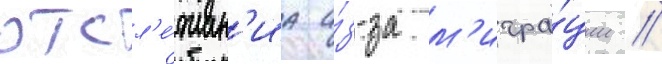
отсл'е́живан'иа и́з-за м'игра́ции //